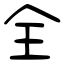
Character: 全